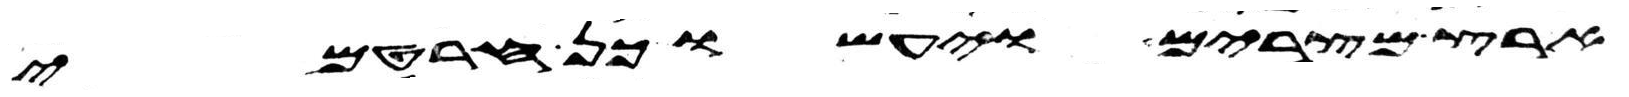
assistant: ארץ מצרים ויעשו כן חרטמי